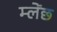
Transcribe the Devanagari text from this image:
म्लेंछ